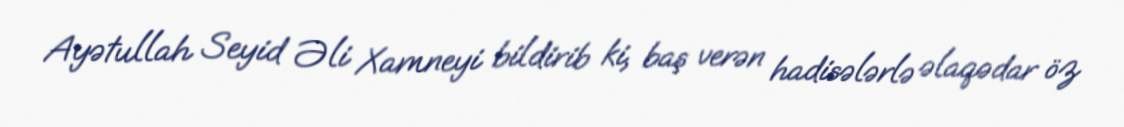
Ayətullah Seyid Əli Xamneyi bildirib ki, baş verən hadisələrlə əlaqədar öz